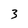
Character: 3